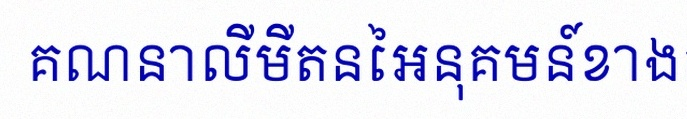
គណនាលីមីតនៃអនុគមន៍ខាងក្រោម